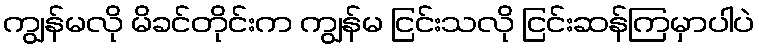
ကျွန်မလို မိခင်တိုင်းက ကျွန်မ ငြင်းသလို ငြင်းဆန်ကြမှာပါပဲ